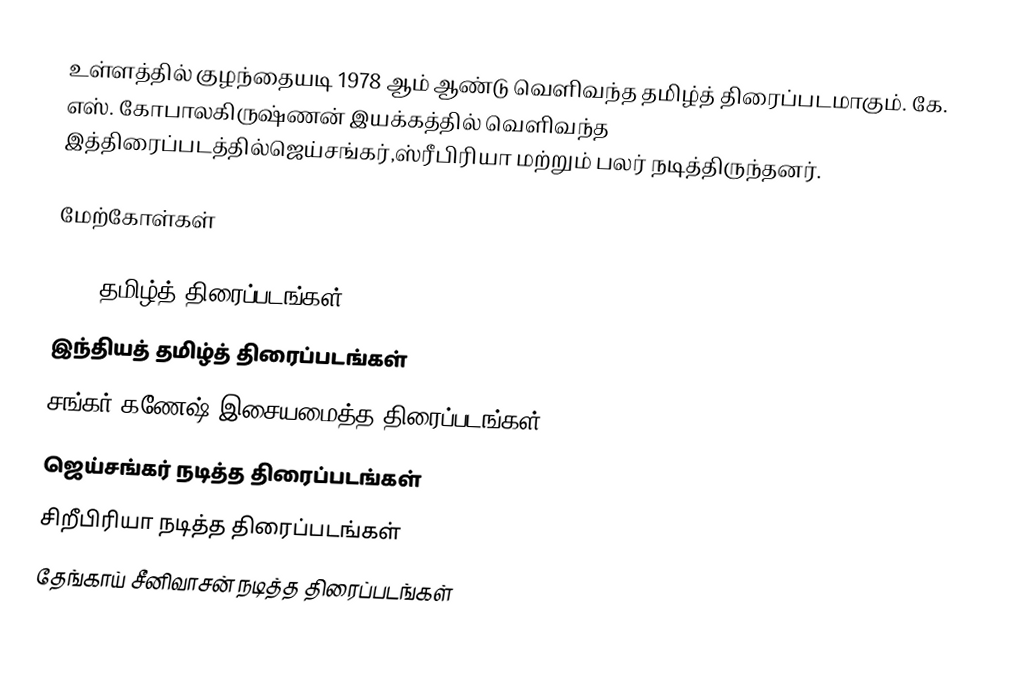
உள்ளத்தில் குழந்தையடி 1978 ஆம் ஆண்டு வெளிவந்த தமிழ்த் திரைப்படமாகும். கே. எஸ். கோபாலகிருஷ்ணன் இயக்கத்தில் வெளிவந்த இத்திரைப்படத்தில்ஜெய்சங்கர்,ஸ்ரீபிரியா மற்றும் பலர் நடித்திருந்தனர்.

மேற்கோள்கள்

1978 தமிழ்த் திரைப்படங்கள்
இந்தியத் தமிழ்த் திரைப்படங்கள்
சங்கர் கணேஷ் இசையமைத்த திரைப்படங்கள்
ஜெய்சங்கர் நடித்த திரைப்படங்கள்
சிறீபிரியா நடித்த திரைப்படங்கள்
தேங்காய் சீனிவாசன் நடித்த திரைப்படங்கள்